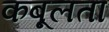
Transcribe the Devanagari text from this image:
कबूलता